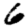
Digit: 6